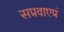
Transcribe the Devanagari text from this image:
सप्रवाएप्रं